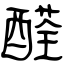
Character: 醛